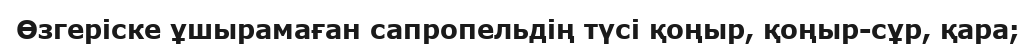
Өзгеріске ұшырамаған сапропельдің түсі қоңыр, қоңыр-сұр, қара;